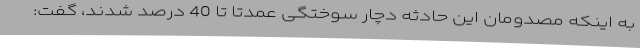
به اینکه مصدومان این حادثه دچار سوختگی عمدتا تا 40 درصد شدند، گفت: